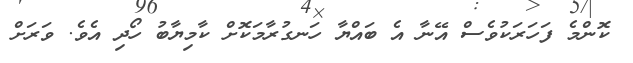
ކޮންމެ ފަހަރަކުވެސް އޭނާ އެ ބައްޔާ ހަނގުރާމަކޮށް ކާމިޔާބު ހޯދި އެވެ. ވަރަށް